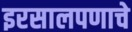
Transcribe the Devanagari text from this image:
इरसालपणाचे